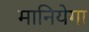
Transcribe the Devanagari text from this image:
मानियेगा